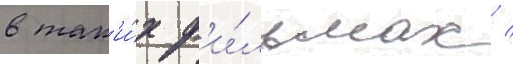
в так'и́х ф'и́льмах /